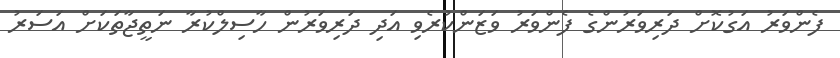
ފެންވަރު އަގުކޮށް ދަރިވަރުންގެ ފެންވަރު ވަޒަންކުރެވި އަދި ދަރިވަރުން ހާސިލްކުރާ ނަތީޖާތަކަށް އަސަރު